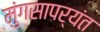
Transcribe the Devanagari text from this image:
मुंगसापर्यंत